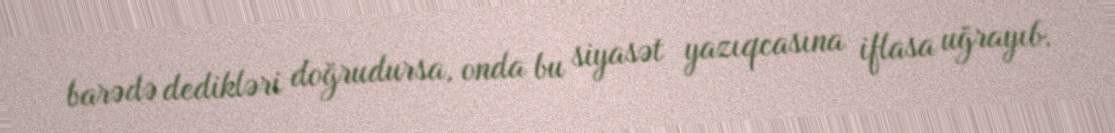
barədə dedikləri doğrudursa, onda bu siyasət yazıqcasına iflasa uğrayıb.